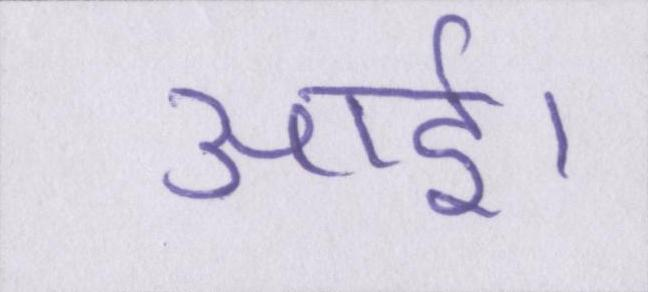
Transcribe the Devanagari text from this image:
आई।